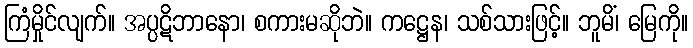
ကြံမှိုင်လျက်။ အပ္ပဋိဘာနော၊ စကားမဆိုဘဲ။ ကဋ္ဌေန၊ သစ်သားဖြင့်။ ဘူမိံ၊ မြေကို။